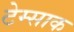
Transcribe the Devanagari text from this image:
टेम्साक